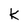
Character: K